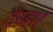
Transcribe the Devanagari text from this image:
देरबार